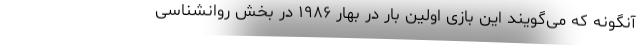
آنگونه که می‌گویند این بازی اولین بار در بهار ۱۹۸۶ در بخش روانشناسی